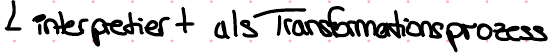
interpretiert als Transformationsprozess